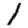
Digit: 1